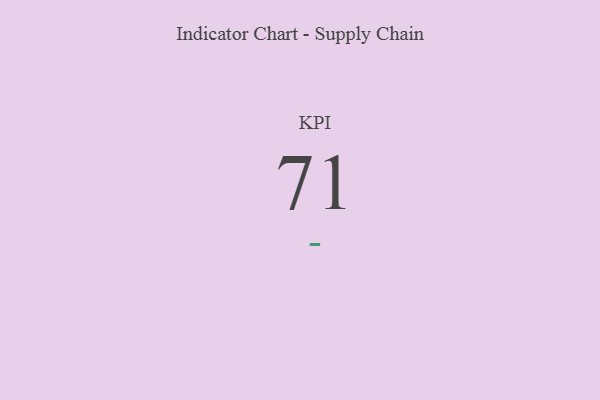
{"axis": {"x": "KPI", "y": "Value"}, "legend": [""], "data": [{"x": "KPI", "y": 71, "type": ""}]}